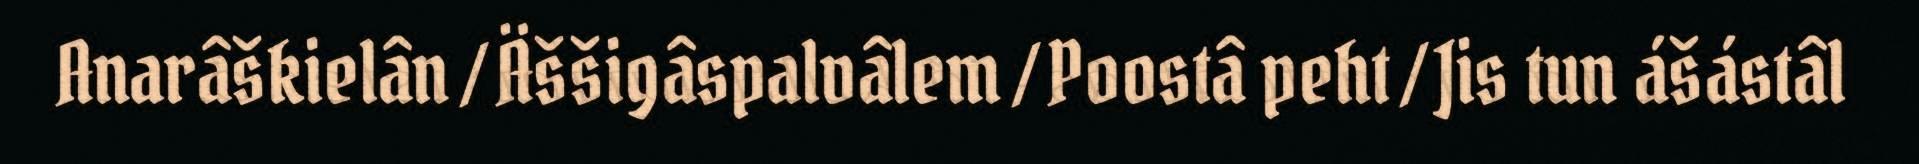
Anarâškielân / Äššigâspalvâlem / Poostâ peht / Jis tun ášástâl